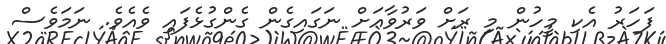
ފަހަރު އެކި މީހުން މި ރަށް ވަރުވާއަށް ނަގައިގެން ގެންގުޅެފައި ވެއެވެ. ނަމަވެސް